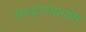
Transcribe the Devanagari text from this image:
सरदारासमवेत